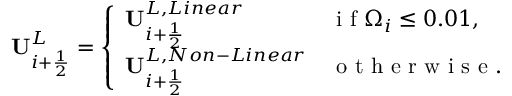
\mathbf { U } _ { i + \frac { 1 } { 2 } } ^ { L } = \left\{ \begin{array} { l l } { \mathbf { U } _ { i + \frac { 1 } { 2 } } ^ { L , L i n e a r } } & { \mathrm { ~ i ~ f ~ } \Omega _ { i } \leq 0 . 0 1 , } \\ { \mathbf { U } _ { i + \frac { 1 } { 2 } } ^ { L , N o n - L i n e a r } } & { \mathrm { ~ o ~ t ~ h ~ e ~ r ~ w ~ i ~ s ~ e ~ } . } \end{array} \right.